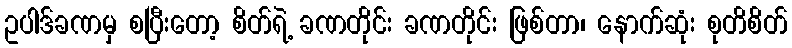
ဥပါဒ်ခဏမှ စပြီးတော့ စိတ်ရဲ့ ခဏတိုင်း ခဏတိုင်း ဖြစ်တာ၊ နောက်ဆုံး စုတိစိတ်